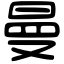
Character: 曼